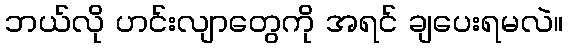
ဘယ်လို ဟင်းလျာတွေကို အရင် ချပေးရမလဲ။